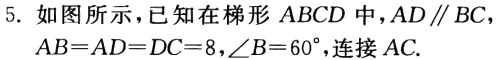
5. 如图所示，已知在梯形 \(ABCD\) 中，\(AD\parallel BC\)，\(AB = AD = DC = 8\)，\(\angle B = 60^{\circ}\)，连接 \(AC\).